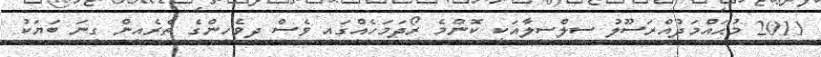
2011 މުޙައްމަދުއްރަސޫލު ސިލްސިލާއަކީ ކޮންމެ ރޯދަމަހެއްގައި ވެސް ދިވެހިންގެ ތެރެއިން ގިނަ ބަޔަކު